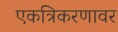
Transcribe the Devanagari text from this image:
एकत्रिकरणावर